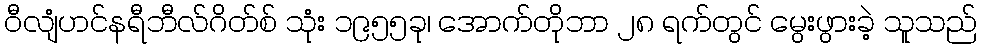
ဝီလျံဟင်နရီဘီလ်ဂိတ်စ် သုံး ၁၉၅၅ခု၊ အောက်တိုဘာ ၂၈ ရက်တွင် မွေးဖွားခဲ့ သူသည်